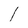
Character: 1